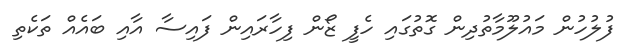
ފުލުހުން މައުލޫމާތުދިން ގޮތުގައި ހެފީ ޒޯން ފިހާރައިން ފައިސާ އާއި ބައެއް ތަކެތި